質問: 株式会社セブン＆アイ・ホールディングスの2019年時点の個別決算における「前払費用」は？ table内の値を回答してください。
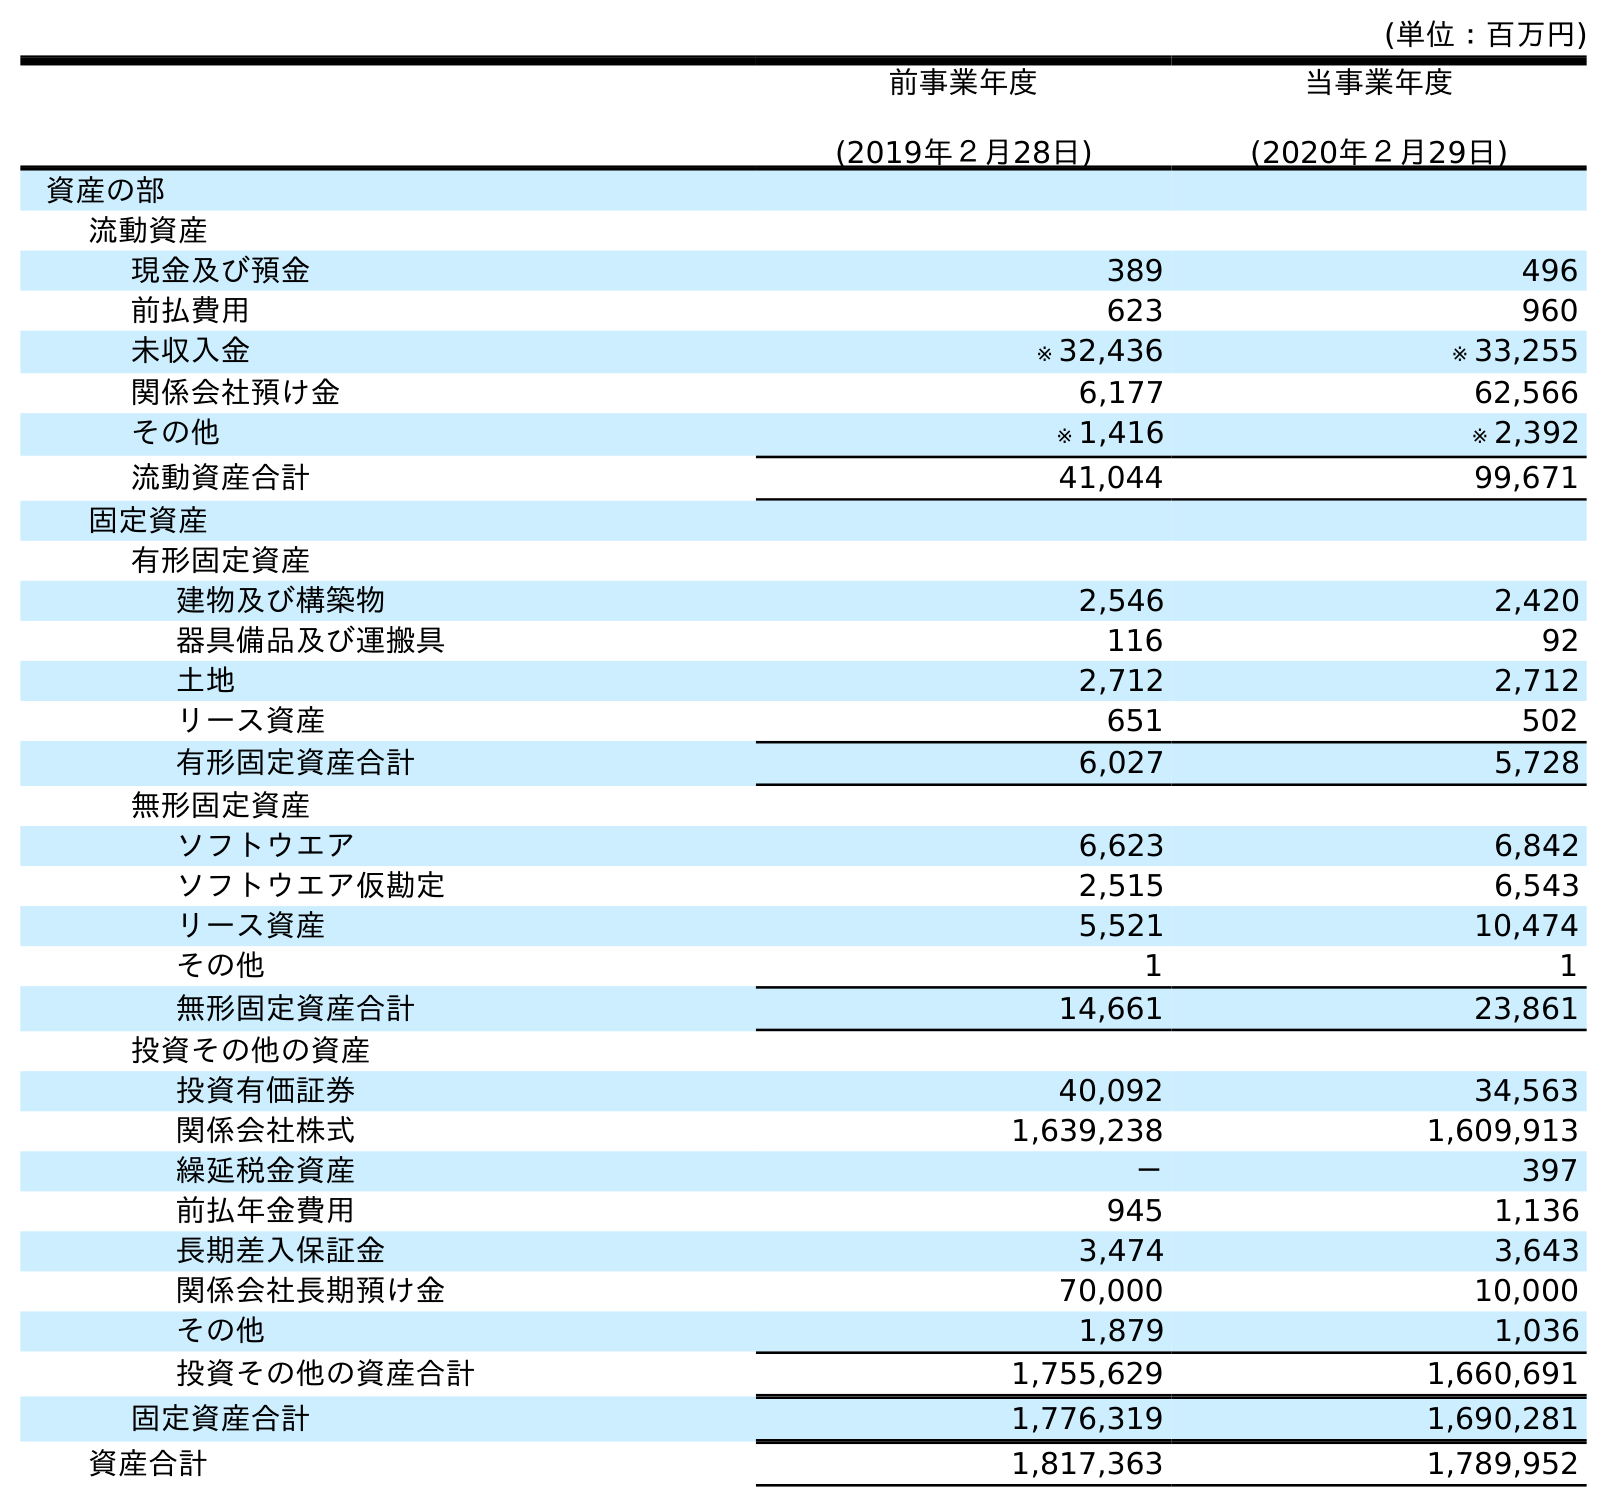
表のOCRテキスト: (単位：百万円) 前事業年度 (2019年２月28日) 当事業年度 (2020年２月29日) 資産の部 流動資産 現金及び預金 389 496 前払費用 623 960 未収入金 ※ 32,436 ※ 33,255 関係会社預け金 6,177 62,566 その他 ※ 1,416 ※ 2,392 流動資産合計 41,044 99,671 固定資産 有形固定資産 建物及び構築物 2,546 2,420 器具備品及び運搬具 116 92 土地 2,712 2,712 リース資産 651 502 有形固定資産合計 6,027 5,728 無形固定資産 ソフトウエア 6,623 6,842 ソフトウエア仮勘定 2,515 6,543 リース資産 5,521 10,474 その他 1 1 無形固定資産合計 14,661 23,861 投資その他の資産 投資有価証券 40,092 34,563 関係会社株式 1,639,238 1,609,913 繰延税金資産 － 397 前払年金費用 945 1,136 長期差入保証金 3,474 3,643 関係会社長期預け金 70,000 10,000 その他 1,879 1,036 投資その他の資産合計 1,755,629 1,660,691 固定資産合計 1,776,319 1,690,281 資産合計 1,817,363 1,789,952
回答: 623